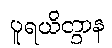
ပူရယိတွာန